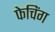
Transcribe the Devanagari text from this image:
फेचिंग